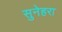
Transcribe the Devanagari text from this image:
सुनेहरा